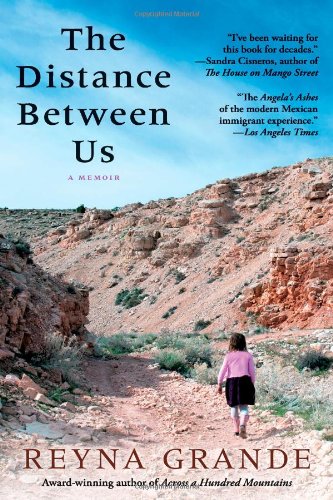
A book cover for The Distance Between Us: A Memoir; Reyna Grande; Law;